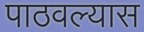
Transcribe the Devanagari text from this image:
पाठवल्‍यास